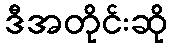
ဒီအတိုင်းဆို